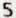
5